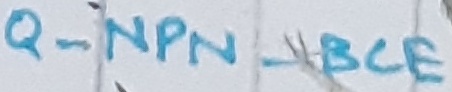
Text: Q_NPN_BCE